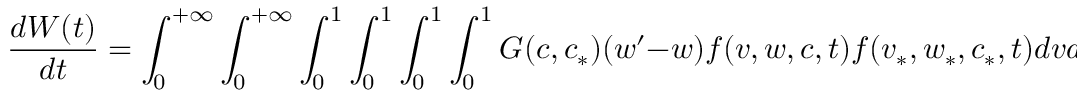
\frac { d W ( t ) } { d t } = \int _ { 0 } ^ { + \infty } \int _ { 0 } ^ { + \infty } \int _ { 0 } ^ { 1 } \int _ { 0 } ^ { 1 } \int _ { 0 } ^ { 1 } \int _ { 0 } ^ { 1 } G ( c , c _ { * } ) ( w ^ { \prime } - w ) f ( v , w , c , t ) f ( v _ { * } , w _ { * } , c _ { * } , t ) d v d v _ { * } d w d w _ { * } d c d c _ { * } \, .